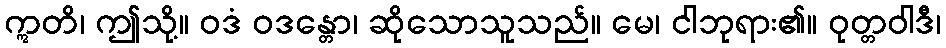
ဣတိ၊ ဤသို့။ ဝဒံ ဝဒန္တော၊ ဆိုသောသူသည်။ မေ၊ ငါဘုရား၏။ ဝုတ္တဝါဒီ၊